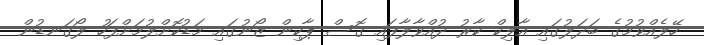
ހޭލެއްވުމުގެ ބަދަލުގައި އާލިކް ކާރު ދުއްވާލާފައި ގޮސް ޕާކިން ޒޯނުގައި މަޑުކޮށްލުމަށްފަހު ލޯގަނޑުން